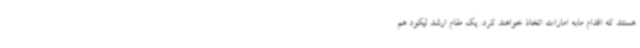
هستند که اقدام مابه امارات اتخاذ خواهند کرد. یک مقام ارشد لیکود هم